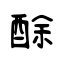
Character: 酴